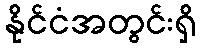
နိုင်ငံအတွင်းရှိ